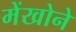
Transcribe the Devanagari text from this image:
मेंखोने